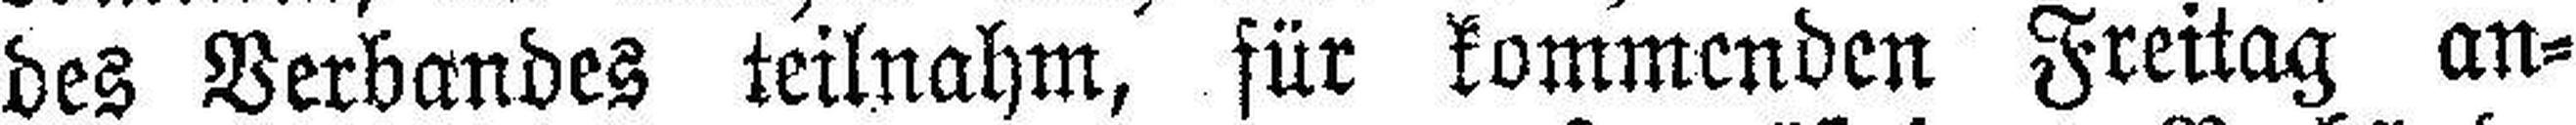
des Verbandes teilnahm, für kommenden Freitag an¬